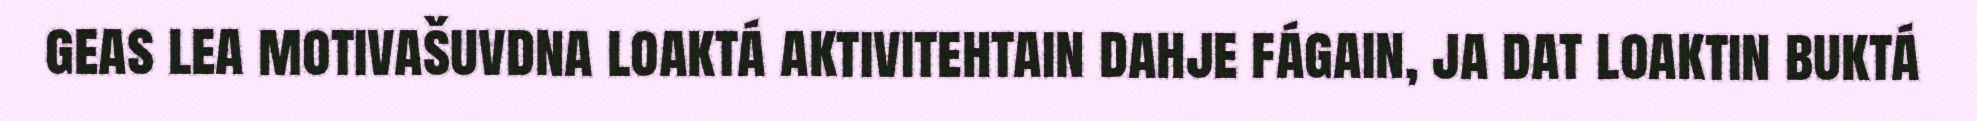
geas lea motivašuvdna loaktá aktivitehtain dahje fágain, ja dat loaktin buktá